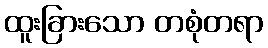
ထူးခြားသော တစုံတရာ